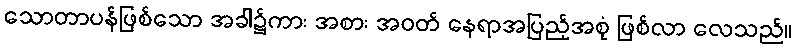
သောတာပန်ဖြစ်သော အခါ၌ကား အစား အဝတ် နေရာအပြည့်အစုံ ဖြစ်လာ လေသည်။